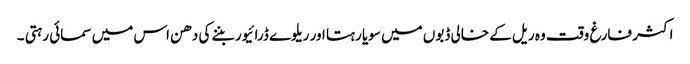
اکثر فارغ وقت وہ ریل کے خالی ڈبوں میں سویا رہتا اور ریلوے ڈرائیور بننے کی دھن اس میں سمائی رہتی ۔